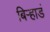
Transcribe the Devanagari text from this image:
बिऱ्हाडं